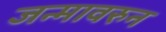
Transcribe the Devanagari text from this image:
जन्मावरुन